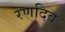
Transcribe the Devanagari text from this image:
रणदिव